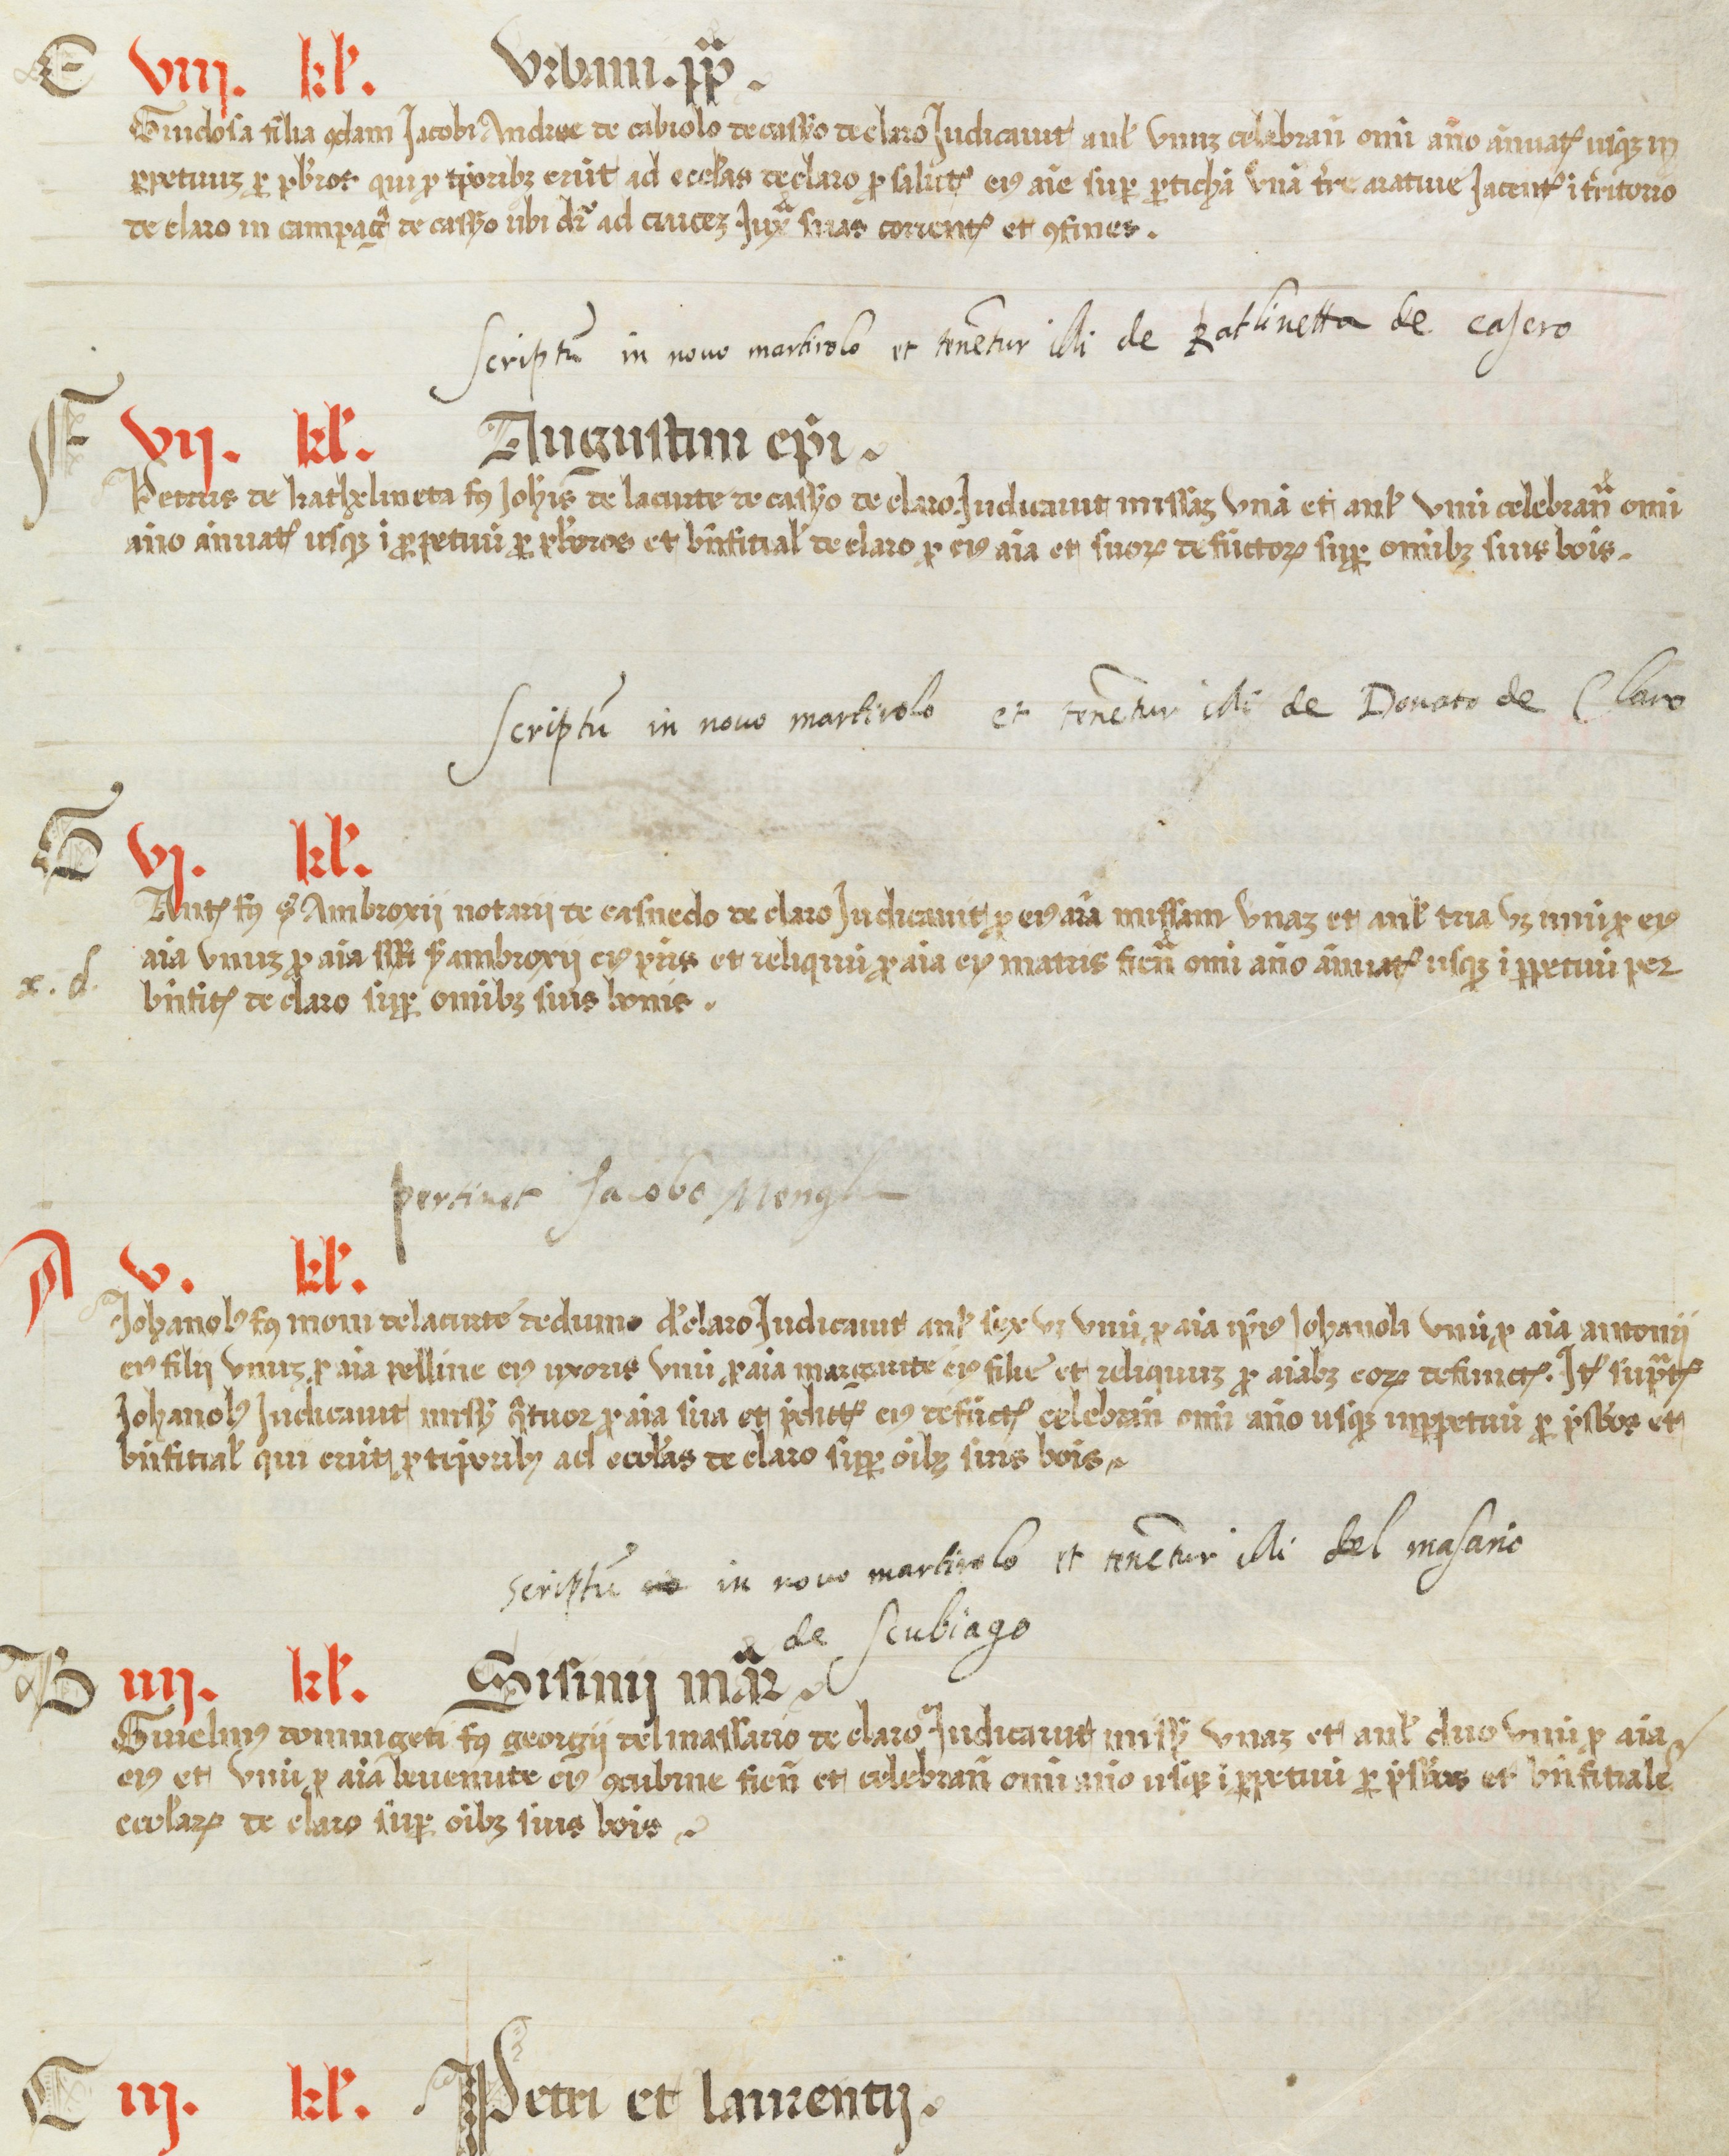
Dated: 1450–1499